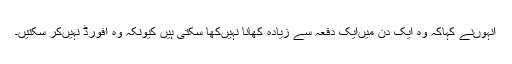
انہوں‌نے کہاکہ وہ ایک دن میں‌ایک دفعہ سے زیادہ کھانا نہیں‌کھا سکتی ہیں کیونکہ وہ افورڈ نہیں‌کر سکتیں۔